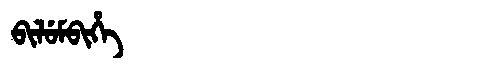
Manchu: ᠪᡳᠯᡠᠮᠪᡳᡥᡝ
Romanization: BILUMBIHE